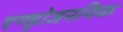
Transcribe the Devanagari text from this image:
एण्ड्रोजननिक